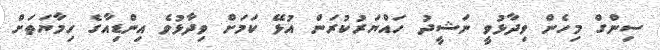
ސިންގް މިހެން ވިދާޅުވީ ނަޝީދު ހައްޔަރުކުރަން އުޅޭ ކަމަށް ވިދާޅުވެ އިންޑިއާގެ ހިމާޔަތަށް